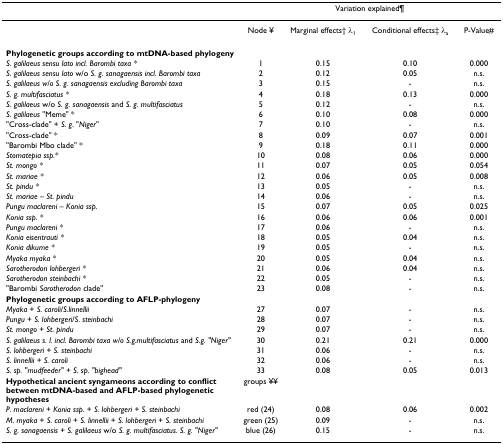
<table><thead><tr><td></td><td></td><td colspan="2"><b>Variation explained¶</b></td><td></td></tr></thead><tbody><tr><td></td><td>Node ¥</td><td>Marginal effects† λ<sub>1</sub></td><td>Conditional effects‡ λ<sub>a</sub></td><td>P-Value#</td></tr><tr><td><b>Phylogenetic groups according to mtDNA-based phylogeny</b></td><td></td><td></td><td></td><td></td></tr><tr><td><i>S. galilaeus sensu lato incl. Barombi taxa *</i></td><td>1</td><td>0.15</td><td>0.10</td><td>0.000</td></tr><tr><td><i>S. galilaeus sensu lato </i>w/o <i>S. g. sanagaensis incl. Barombi taxa</i></td><td>2</td><td>0.12</td><td>0.05</td><td>n.s.</td></tr><tr><td><i>S. galilaeus w/o S. g. sanagaensis excluding Barombi taxa</i></td><td>3</td><td>0.15</td><td>-</td><td>n.s.</td></tr><tr><td><i>S. g. multifasciatus *</i></td><td>4</td><td>0.18</td><td>0.13</td><td>0.000</td></tr><tr><td><i>S. galilaeus </i>w/o <i>S. g. sanagaensis </i>and <i>S. g. multifasciatus</i></td><td>5</td><td>0.12</td><td>-</td><td>n.s.</td></tr><tr><td><i>S. galilaeus </i>&quot;Meme&quot; *</td><td>6</td><td>0.10</td><td>0.08</td><td>0.000</td></tr><tr><td>&quot;Cross-clade&quot; + <i>S. g. </i>&quot;<i>Niger</i>&quot;</td><td>7</td><td>0.10</td><td>-</td><td>n.s.</td></tr><tr><td>&quot;Cross-clade&quot; *</td><td>8</td><td>0.09</td><td>0.07</td><td>0.001</td></tr><tr><td>&quot;Barombi Mbo clade&quot; *</td><td>9</td><td>0.18</td><td>0.11</td><td>0.000</td></tr><tr><td><i>Stomatepia ssp.*</i></td><td>10</td><td>0.08</td><td>0.06</td><td>0.000</td></tr><tr><td><i>St. mongo *</i></td><td>11</td><td>0.07</td><td>0.05</td><td>0.054</td></tr><tr><td><i>St. mariae *</i></td><td>12</td><td>0.06</td><td>0.05</td><td>0.008</td></tr><tr><td><i>St. pindu *</i></td><td>13</td><td>0.05</td><td>-</td><td>n.s.</td></tr><tr><td><i>St. mariae </i>– <i>St. pindu</i></td><td>14</td><td>0.06</td><td>-</td><td>n.s.</td></tr><tr><td><i>Pungu maclareni </i>– <i>Konia ssp.</i></td><td>15</td><td>0.07</td><td>0.05</td><td>0.025</td></tr><tr><td><i>Konia ssp. *</i></td><td>16</td><td>0.06</td><td>0.06</td><td>0.001</td></tr><tr><td><i>Pungu maclareni *</i></td><td>17</td><td>0.06</td><td>-</td><td>n.s.</td></tr><tr><td><i>Konia eisentrauti *</i></td><td>18</td><td>0.05</td><td>0.04</td><td>n.s.</td></tr><tr><td><i>Konia dikume *</i></td><td>19</td><td>0.05</td><td>-</td><td>n.s.</td></tr><tr><td><i>Myaka myaka *</i></td><td>20</td><td>0.05</td><td>0.04</td><td>n.s.</td></tr><tr><td><i>Sarotherodon lohbergeri *</i></td><td>21</td><td>0.06</td><td>0.04</td><td>n.s.</td></tr><tr><td><i>Sarotherodon steinbachi *</i></td><td>22</td><td>0.05</td><td>-</td><td>n.s.</td></tr><tr><td>&quot;Barombi <i>Sarotherodon </i>clade&quot;</td><td>23</td><td>0.08</td><td>-</td><td>n.s.</td></tr><tr><td><b>Phylogenetic groups according to AFLP-phylogeny</b></td><td></td><td></td><td></td><td></td></tr><tr><td><i>Myaka </i>+ <i>S. caroli</i>/<i>S.linnellii</i></td><td>27</td><td>0.07</td><td>-</td><td>n.s.</td></tr><tr><td><i>Pungu </i>+ <i>S. lohbergeri</i>/<i>S. steinbachi</i></td><td>28</td><td>0.07</td><td>-</td><td>n.s.</td></tr><tr><td><i>St. mongo </i>+ <i>St. pindu</i></td><td>29</td><td>0.07</td><td>-</td><td>n.s.</td></tr><tr><td><i>S. galilaeus s. l. incl. Barombi taxa w/o S.g.multifasciatus </i>and <i>S.g. &quot;Niger&quot;</i></td><td>30</td><td>0.21</td><td>0.21</td><td>0.000</td></tr><tr><td><i>S. lohbergeri </i>+ <i>S. steinbachi</i></td><td>31</td><td>0.06</td><td>-</td><td>n.s.</td></tr><tr><td><i>S. linnellii </i>+ <i>S. caroli</i></td><td>32</td><td>0.06</td><td>-</td><td>n.s.</td></tr><tr><td><i>S. sp. &quot;mudfeeder&quot; </i>+ <i>S. sp. &quot;bighead&quot;</i></td><td>33</td><td>0.08</td><td>0.05</td><td>0.013</td></tr><tr><td><b>Hypothetical ancient syngameons according to conflict between mtDNA-based and AFLP-based phylogenetic hypotheses</b></td><td>groups ¥¥</td><td></td><td></td><td></td></tr><tr><td><i>P. maclareni </i>+ <i>Konia ssp. </i>+ <i>S. lohbergeri </i>+ <i>S. steinbachi</i></td><td>red (24)</td><td>0.08</td><td>0.06</td><td>0.002</td></tr><tr><td><i>M. myaka </i>+ <i>S. caroli </i>+ <i>S. linnellii </i>+ <i>S. lohbergeri </i>+ <i>S. steinbachi</i></td><td>green (25)</td><td>0.09</td><td>-</td><td>n.s.</td></tr><tr><td><i>S. g. sanagaensis </i>+ <i>S. galilaeus </i>w/o <i>S. g. multifasciatus. S. g. &quot;Niger&quot;</i></td><td>blue (26)</td><td>0.15</td><td>-</td><td>n.s.</td></tr></tbody></table>